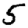
Digit: 5